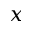
x